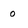
Character: 0